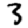
Digit: 3